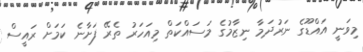
މިވަނީ އައްޑޫގެ ނަރުދަމާ ނިޒާމުގެ މަސައްކަތް މިއަހަރު ތެރޭ ފަށާނެ ކަމަށް ރައީސް